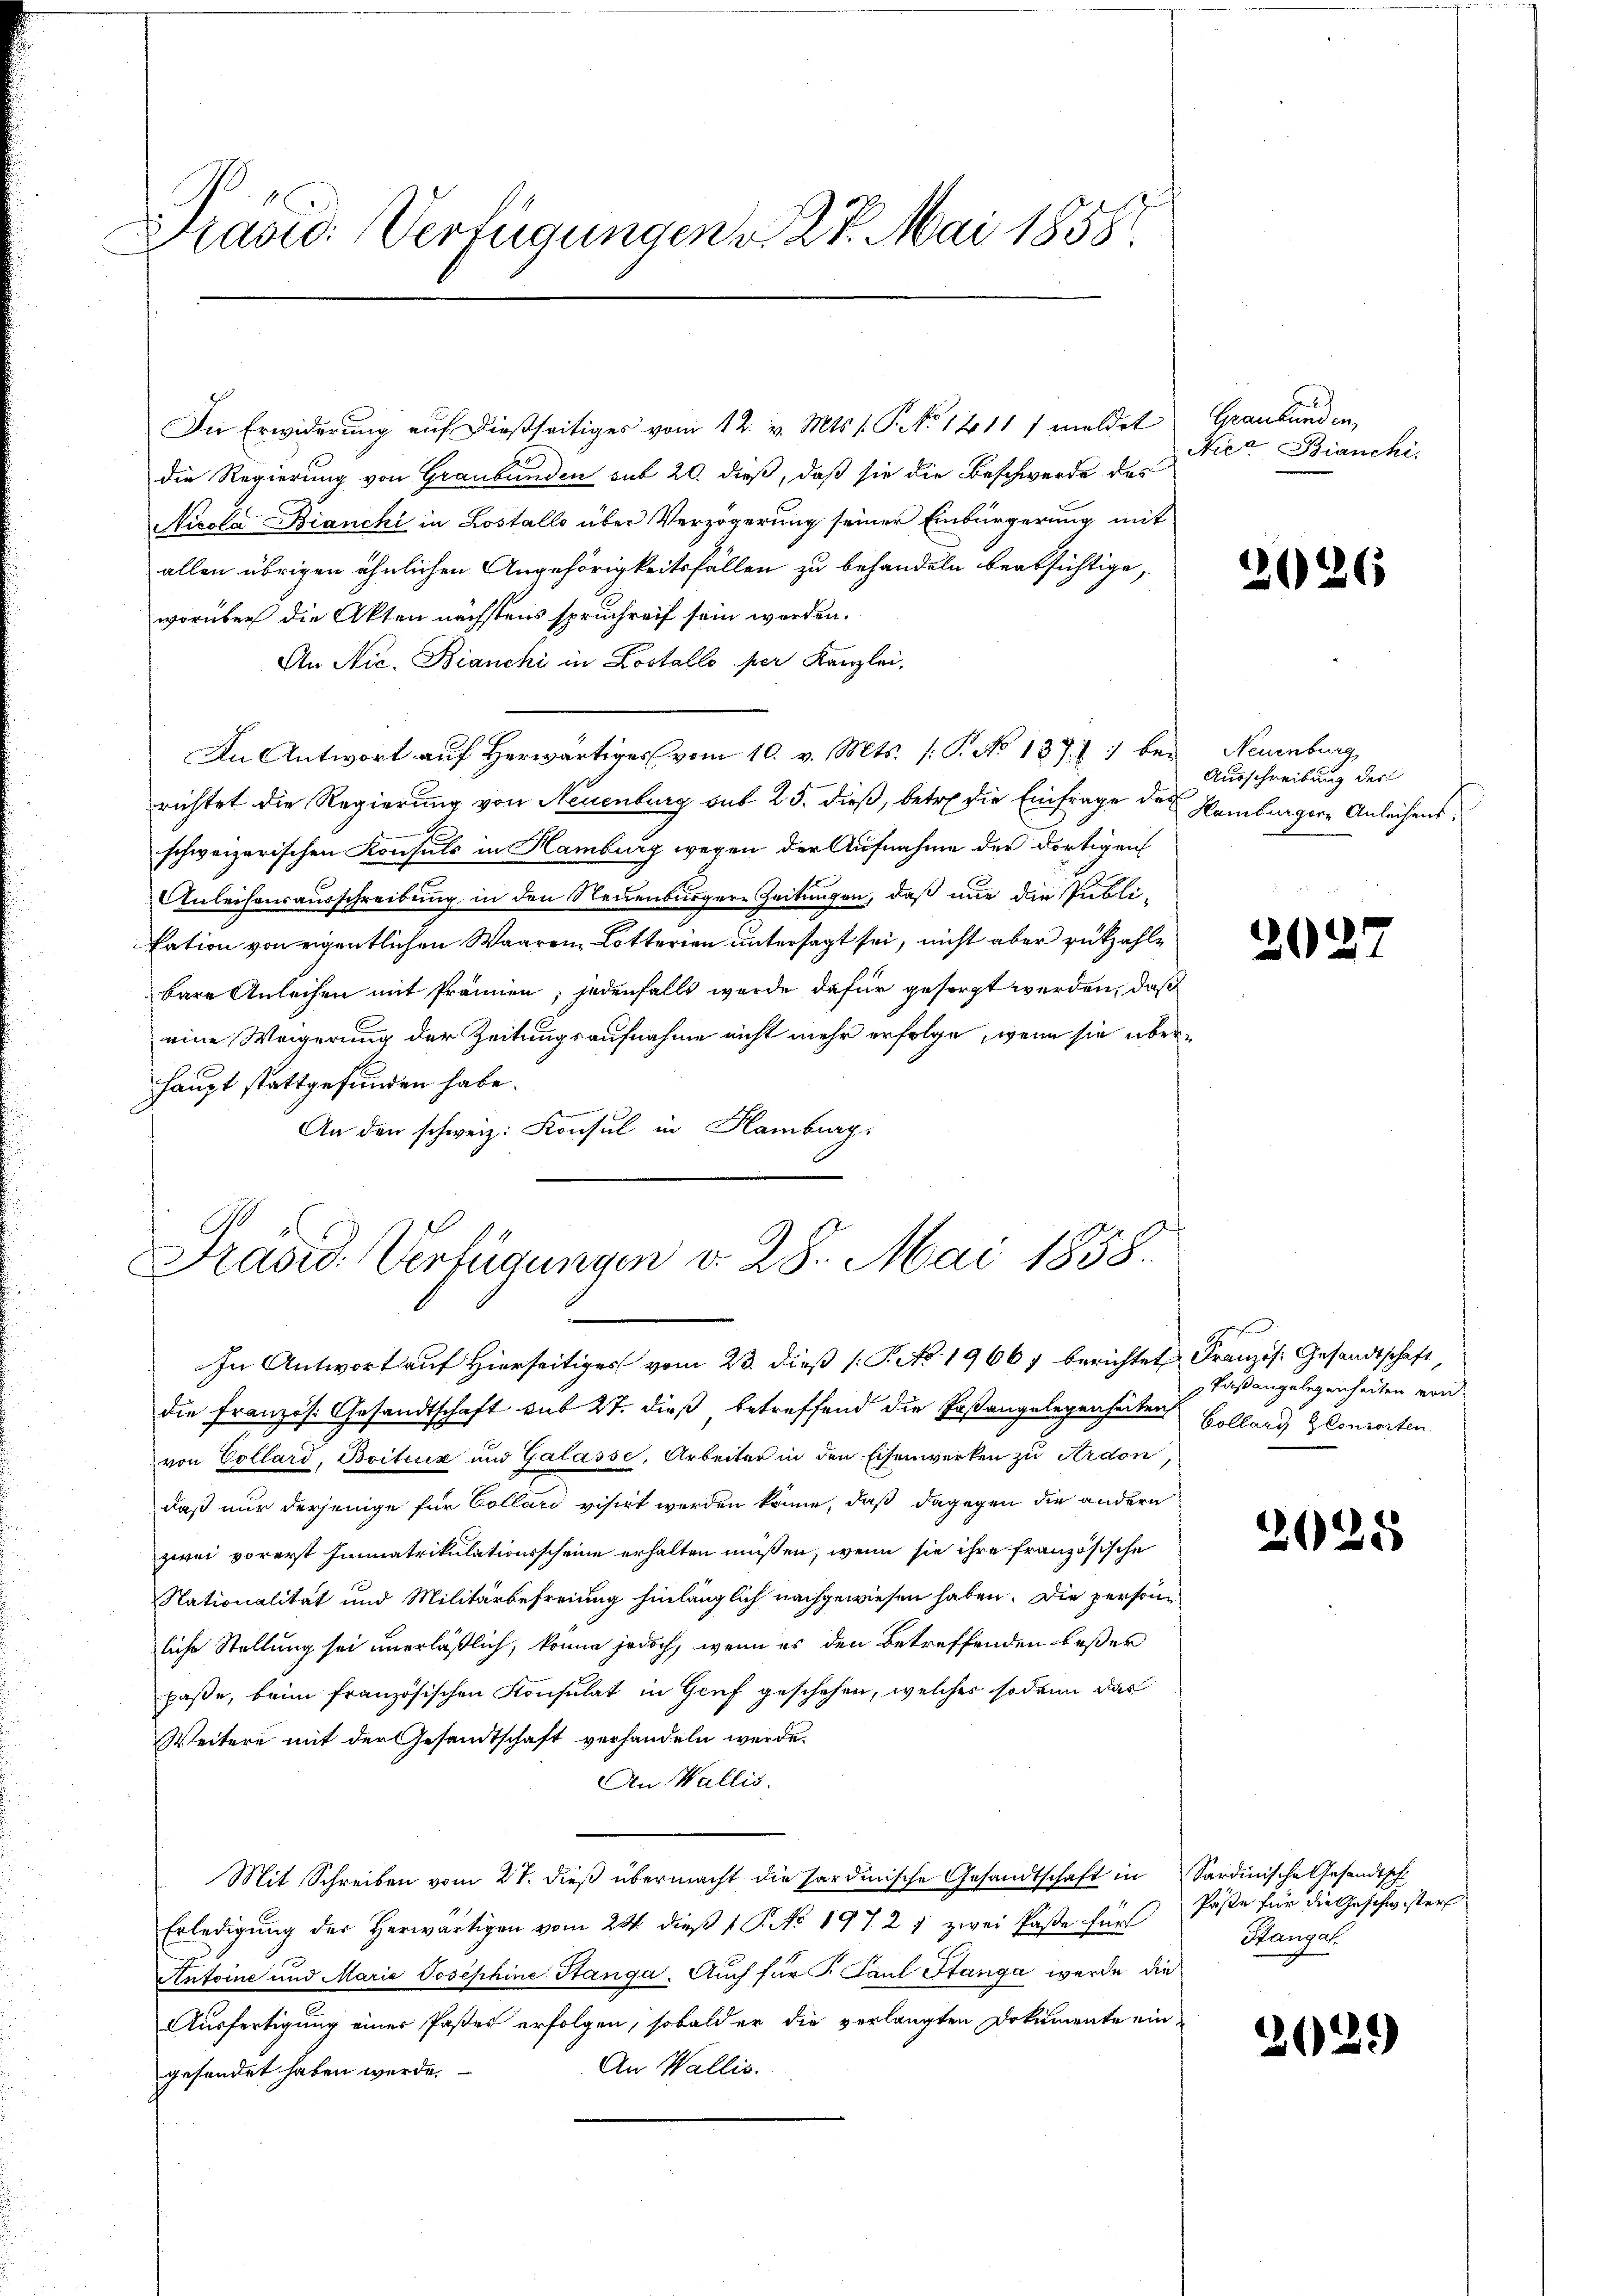
Brand. Verfügungen v. 27. Mai 1858.

Die Erwiderung auf dießseitiges vom 12. v. Mts. f. P. No 1411 / meldet
die Regierung von Graubünden sub 20. dieß, daß sie die Beschwerde des
Nicola Bianchi in Lostallo über Verzögerung seiner Einbürgerung mit
allen übrigen ähnlichen Angehörigkeitsfällen zu behandeln beabsichtige,
worüber die Akten nächstens spruchreif sein werden.
An Nic. Bianchi in Lostallo per Kanzlei,
In Antwort auf Herwärtiger vom 10. v. Mts. (T. No 137) bei Neuenburg,
richtet die Regierung von Neuenburg sub 25. dieß, betr. die Einfrage des
schweizerischen Konsuls in Hamburg wegen der Aufnahme der dortigen
Anleihensausschreibung in den Neuenburgere Zeitungen, daß nur die Publikation von eigentlichen Waaren Lotterien untersagt sei, nicht aber rukzahle
bare Anleihen mit Prämien; jedenfalls wurde dafür gesorgt werden, daß
eine Weigerung der Zeitungsaufnahme nicht mehr erfolge, wenn sie überhaupt stattgefunden habe.
An den schweiz. Konsul in Hamburg,

die Französ. Gesandtschaft sub 27. dieß betreffend die Paßangelegenheiten
von Collard, Boitus und Galasse, Arbeiter in den Eisenwerken zu Ardon
daß nur derjenige für Collari visirt werden könne, daß dagegen die andern
zwei vorerst Immatrikulationsscheine erhalten müßen, wenn sie ihre französische
Nationalität und Militärbefreiung hinlänglich nachgewiesen haben. Die persone
liche Stellung sei unerläßlich, könne jedoch, wenn es den Betreffenden beßer
paße, beim französischen Konsulat in Genf geschehen, welcher sodann das
Weitere mit der Gesandtschaft verhandeln werde.
An Wallis.
Mit Schreiben vom 27. dieβ übermacht die Sardinische Gesandtschaft in Sardinische Gesandtsch
Erledigŭng der herwärtigen vom 20. dieβ 1 P. No 1972 " zwei Päße für Paße für die Geschwisters
Antoine und Maria Josephine Stanga. Auch für P. Paul Stanga werde die
Ausfertigung einer Paßes erfolgen, sobald er die verlangten Dokumente ein-
An Wallis.
gesondet haben werde.

Präsid. Verfügungen v. 28. Mai 1858.
In Antwort auf Hierseitiges vom 23. dieß P. No. 1966) berichtet Französ. Gesandtschaft,

Grankunden,
Nie? Bianchi

2026

Ausschreibung der
Hamburger Anleihens.

20

Paßangelegenheiten von
Collari Zlonsorten.

2028

Stangal.

2029)